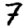
Digit: 7